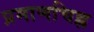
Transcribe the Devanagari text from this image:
प्रमाणचिह्न